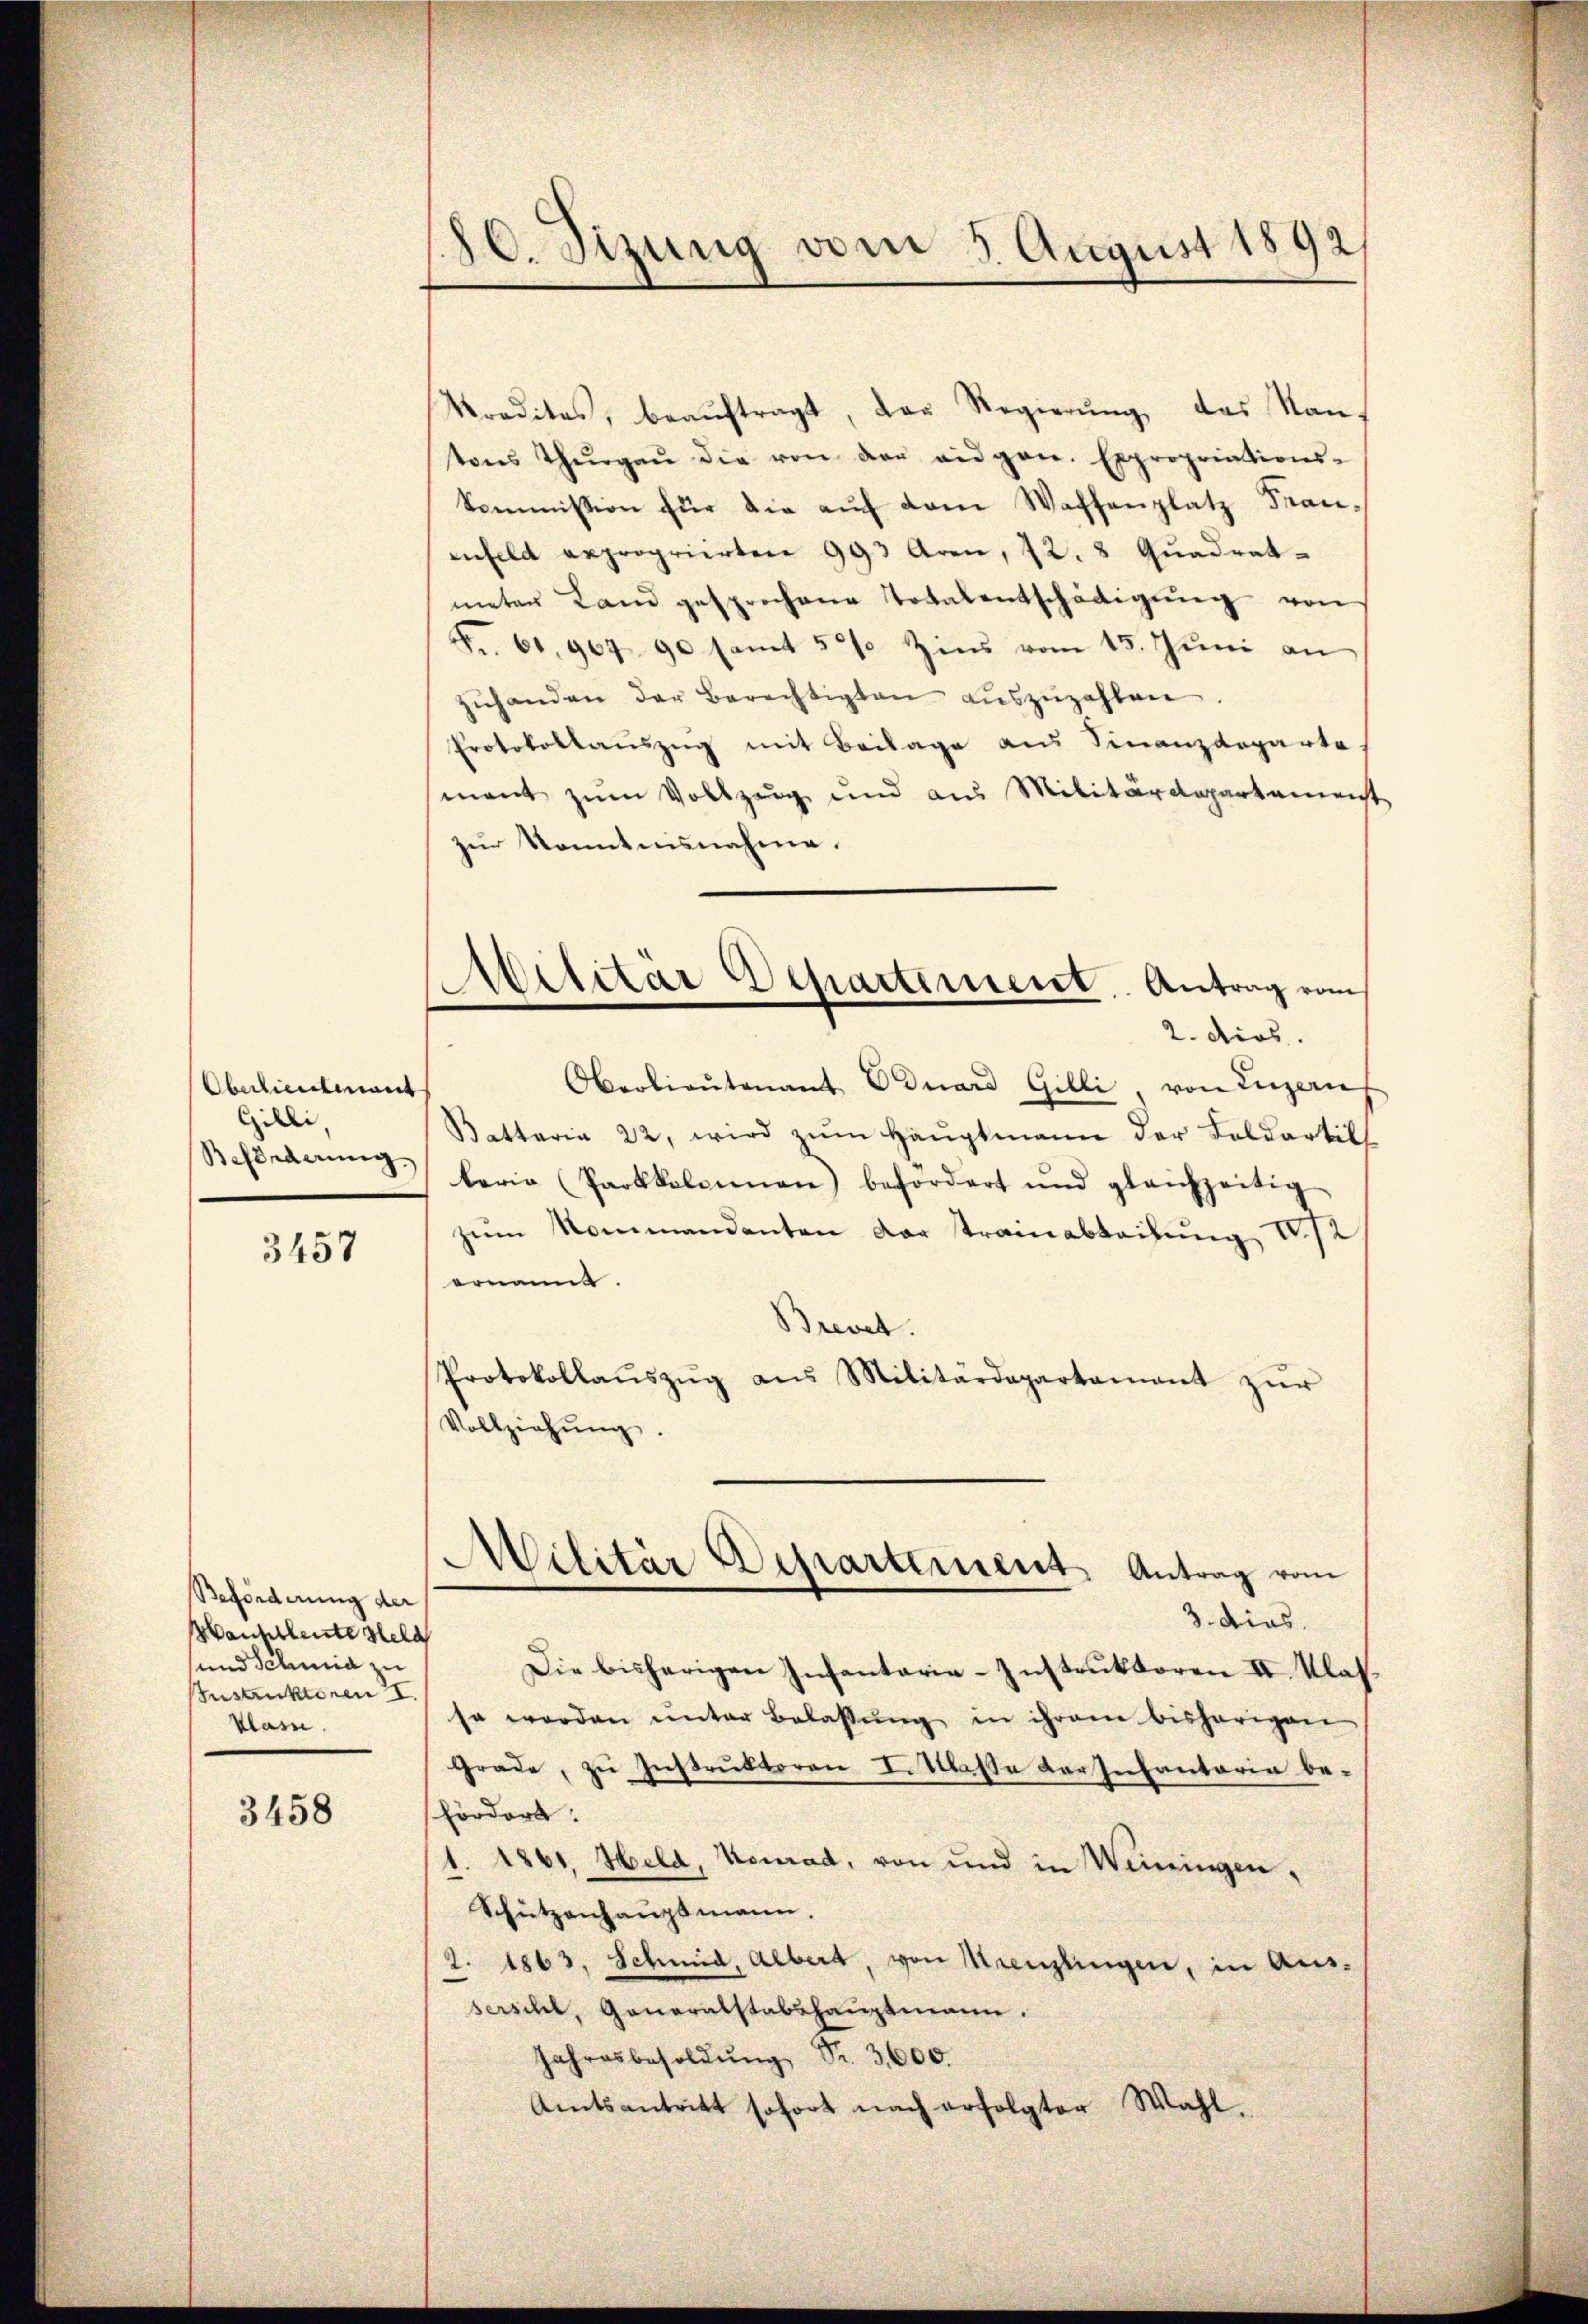
Oberlieutnant
Gilli,
Sefiederung.

3457

Beförderung der
Wanhtleite Held
und Schmid zu
Instruktoren I.
klas.

3458

80. Sizung vom 5. August 1892/

Traditas, beaŭftragt, das Regierŭng, das Nan-
tons Thŭrgaŭ die von der eidgen. Expropriations-
kommission für die auf dem Waffenplatz Franenfeld expropriirten 993 Aren, 22. 8 Quadrat
meter Land gesprochene Totalentschädigŭng von
Nr. 61, 967 90 samt 5 % Zins vom 15. Juni an
zŭhanden der Berechtigten aŭszŭzahlen
Protokolaŭszŭg mit Beilage aus Finanzdeparte
mant zum Vollzug und aus Militärdepartamenst
zur Sonntensnahme.
Militär Departement Antrag vom
2. dies
Oberlieŭtenant Eduard Gilli, von Luzern
Battaria 22, wird zŭm Haŭptmann der Feldartik
laria (Paokkolcimen befordert und gleichzeitig
zum Kommandanten dar trainabteilung I 12
ernannt.
Brevet.
Protokollaŭszŭg ans Militärdepartement zŭr
Vollziehŭng.

Die bisherigen Infantaria-Instrŭktoren II. Klas
sa werden ŭnter Belassŭng in ihrem bisherigen
Grade, zu Instruktoren Littlasse der Infantaria behördert:
1. 1861, Held, Neurad, von und in Weiningen,
Schützenhauptmann.
2. 1863, Schmid, Albert, von Menzlingen, in Aus-
sersihl, Generalstabshauptmann.
Jahresbesoldŭng Nr. 3,600.
Amtsantritt sofort nach erfolgter Wahl.

Militär Departement Antrag vom
3. dies